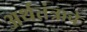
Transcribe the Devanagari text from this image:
अर्थतंत्राचे